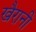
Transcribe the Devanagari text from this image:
खैरानी